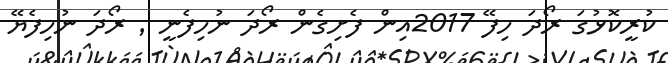
ކުރީކޮޅުގަ ރޯދަ ހިފޭ 2017އިން ފެށިގެން ރޯދަ ނުހިފެނީ